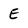
Character: E